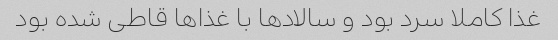
غذا کاملا سرد بود و سالادها با غذاها قاطی شده بود